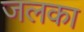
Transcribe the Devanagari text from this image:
जलका